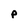
Character: p